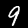
Label: 9